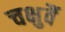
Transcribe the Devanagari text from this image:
चक्षुर्वै